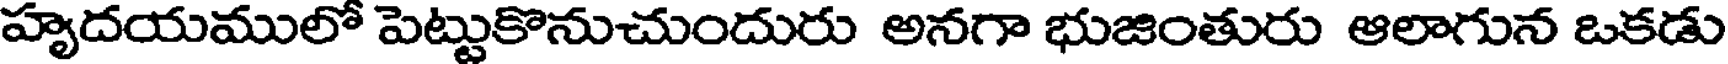
హృదయములో పెట్టుకొనుచుందురు అనగా భుజింతురు ఆలాగున ఒకడు